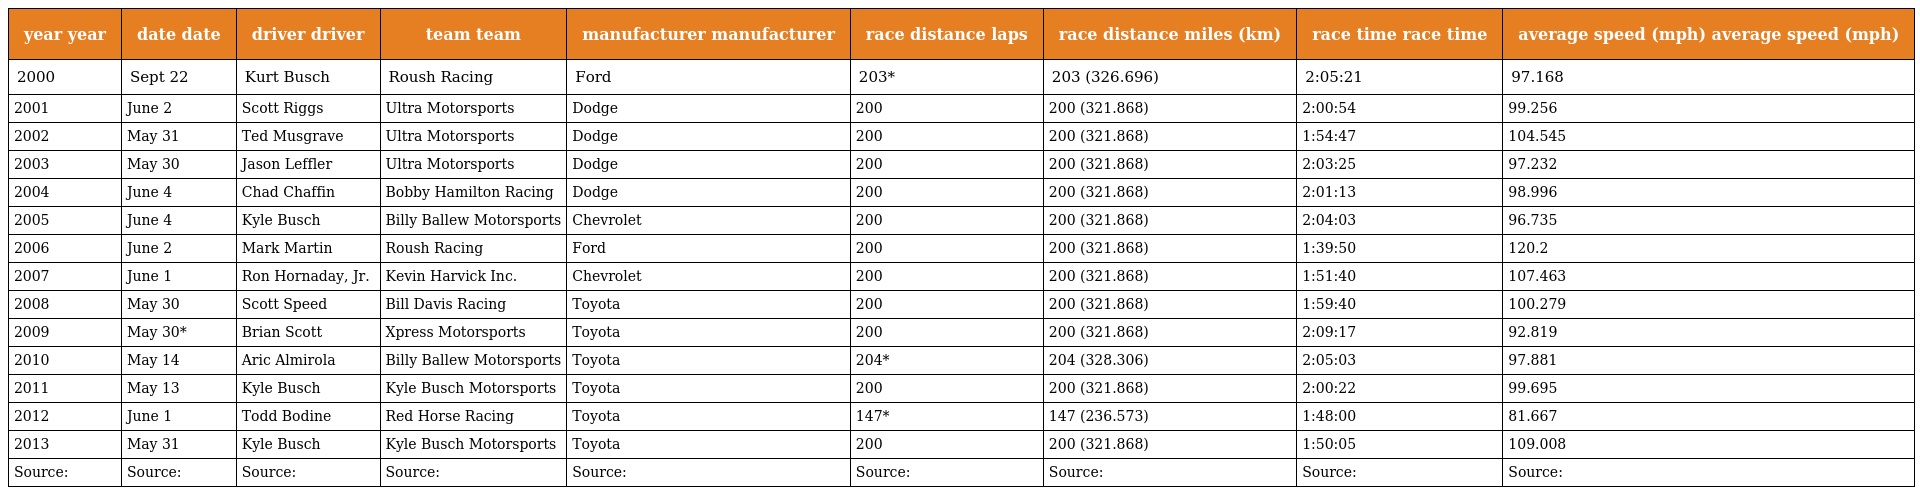
| year year | date date | driver driver | team team | manufacturer manufacturer | race distance laps | race distance miles (km) | race time race time | average speed (mph) average speed (mph) |
 | --- | --- | --- | --- | --- | --- | --- | --- | --- |
 | 2000 | Sept 22 | Kurt Busch | Roush Racing | Ford | 203* | 203 (326.696) | 2:05:21 | 97.168 |
 | 2001 | June 2 | Scott Riggs | Ultra Motorsports | Dodge | 200 | 200 (321.868) | 2:00:54 | 99.256 |
 | 2002 | May 31 | Ted Musgrave | Ultra Motorsports | Dodge | 200 | 200 (321.868) | 1:54:47 | 104.545 |
 | 2003 | May 30 | Jason Leffler | Ultra Motorsports | Dodge | 200 | 200 (321.868) | 2:03:25 | 97.232 |
 | 2004 | June 4 | Chad Chaffin | Bobby Hamilton Racing | Dodge | 200 | 200 (321.868) | 2:01:13 | 98.996 |
 | 2005 | June 4 | Kyle Busch | Billy Ballew Motorsports | Chevrolet | 200 | 200 (321.868) | 2:04:03 | 96.735 |
 | 2006 | June 2 | Mark Martin | Roush Racing | Ford | 200 | 200 (321.868) | 1:39:50 | 120.2 |
 | 2007 | June 1 | Ron Hornaday, Jr. | Kevin Harvick Inc. | Chevrolet | 200 | 200 (321.868) | 1:51:40 | 107.463 |
 | 2008 | May 30 | Scott Speed | Bill Davis Racing | Toyota | 200 | 200 (321.868) | 1:59:40 | 100.279 |
 | 2009 | May 30* | Brian Scott | Xpress Motorsports | Toyota | 200 | 200 (321.868) | 2:09:17 | 92.819 |
 | 2010 | May 14 | Aric Almirola | Billy Ballew Motorsports | Toyota | 204* | 204 (328.306) | 2:05:03 | 97.881 |
 | 2011 | May 13 | Kyle Busch | Kyle Busch Motorsports | Toyota | 200 | 200 (321.868) | 2:00:22 | 99.695 |
 | 2012 | June 1 | Todd Bodine | Red Horse Racing | Toyota | 147* | 147 (236.573) | 1:48:00 | 81.667 |
 | 2013 | May 31 | Kyle Busch | Kyle Busch Motorsports | Toyota | 200 | 200 (321.868) | 1:50:05 | 109.008 |
 | Source: | Source: | Source: | Source: | Source: | Source: | Source: | Source: | Source: |